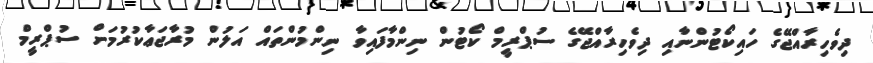
ދިވެހިރާއްޖޭގެ ހައިކޯޓުންނާއި ދިވެހިރާއްޖޭގެ ސުޕްރީމް ކޯޓުން ނިންމާފައިވާ ނިންމުންތައް އަލުން މުރާޖަޢާކުރުމަށް ސުޕްރީމް